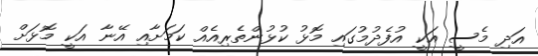
އަދި މެސީ އަކީ އުފެދުމުގައި މޮޅު ކުޅުންތެރިއެއް ކަމަށާއި އޭނާ އަކީ މޮޅަށް